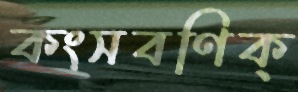
কংসবণিক্‌